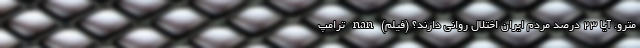
مترو. آیا ۲۳ درصد مردم ایران اختلال روانی دارند؟ (فیلم) nan ترامپ